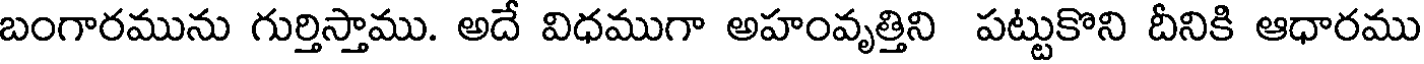
బంగారమును గుర్తిస్తాము. అదే విధముగా అహంవృత్తిని పట్టుకొని దీనికి ఆధారము